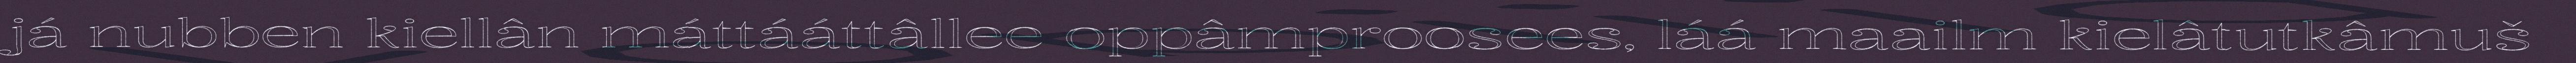
já nubben kiellân máttááttâllee oppâmproosees, láá maailm kielâtutkâmuš